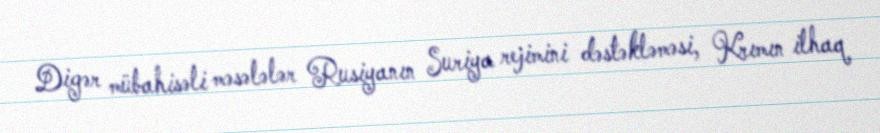
Digər mübahisəli məsələlər Rusiyanın Suriya rejimini dəstəkləməsi, Krımın ilhaq